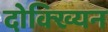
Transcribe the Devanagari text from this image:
दोक्ख्यिन